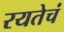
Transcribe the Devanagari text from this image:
रयतेचं